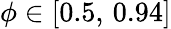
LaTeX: \phi\in[0.5,\, 0.94]